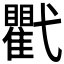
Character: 𢎖